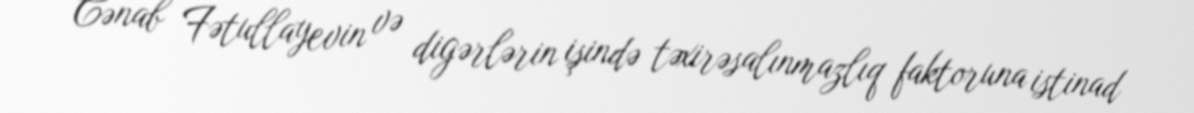
Cənab Fətullayevin və digərlərin işində təxirəsalınmazlıq faktoruna istinad